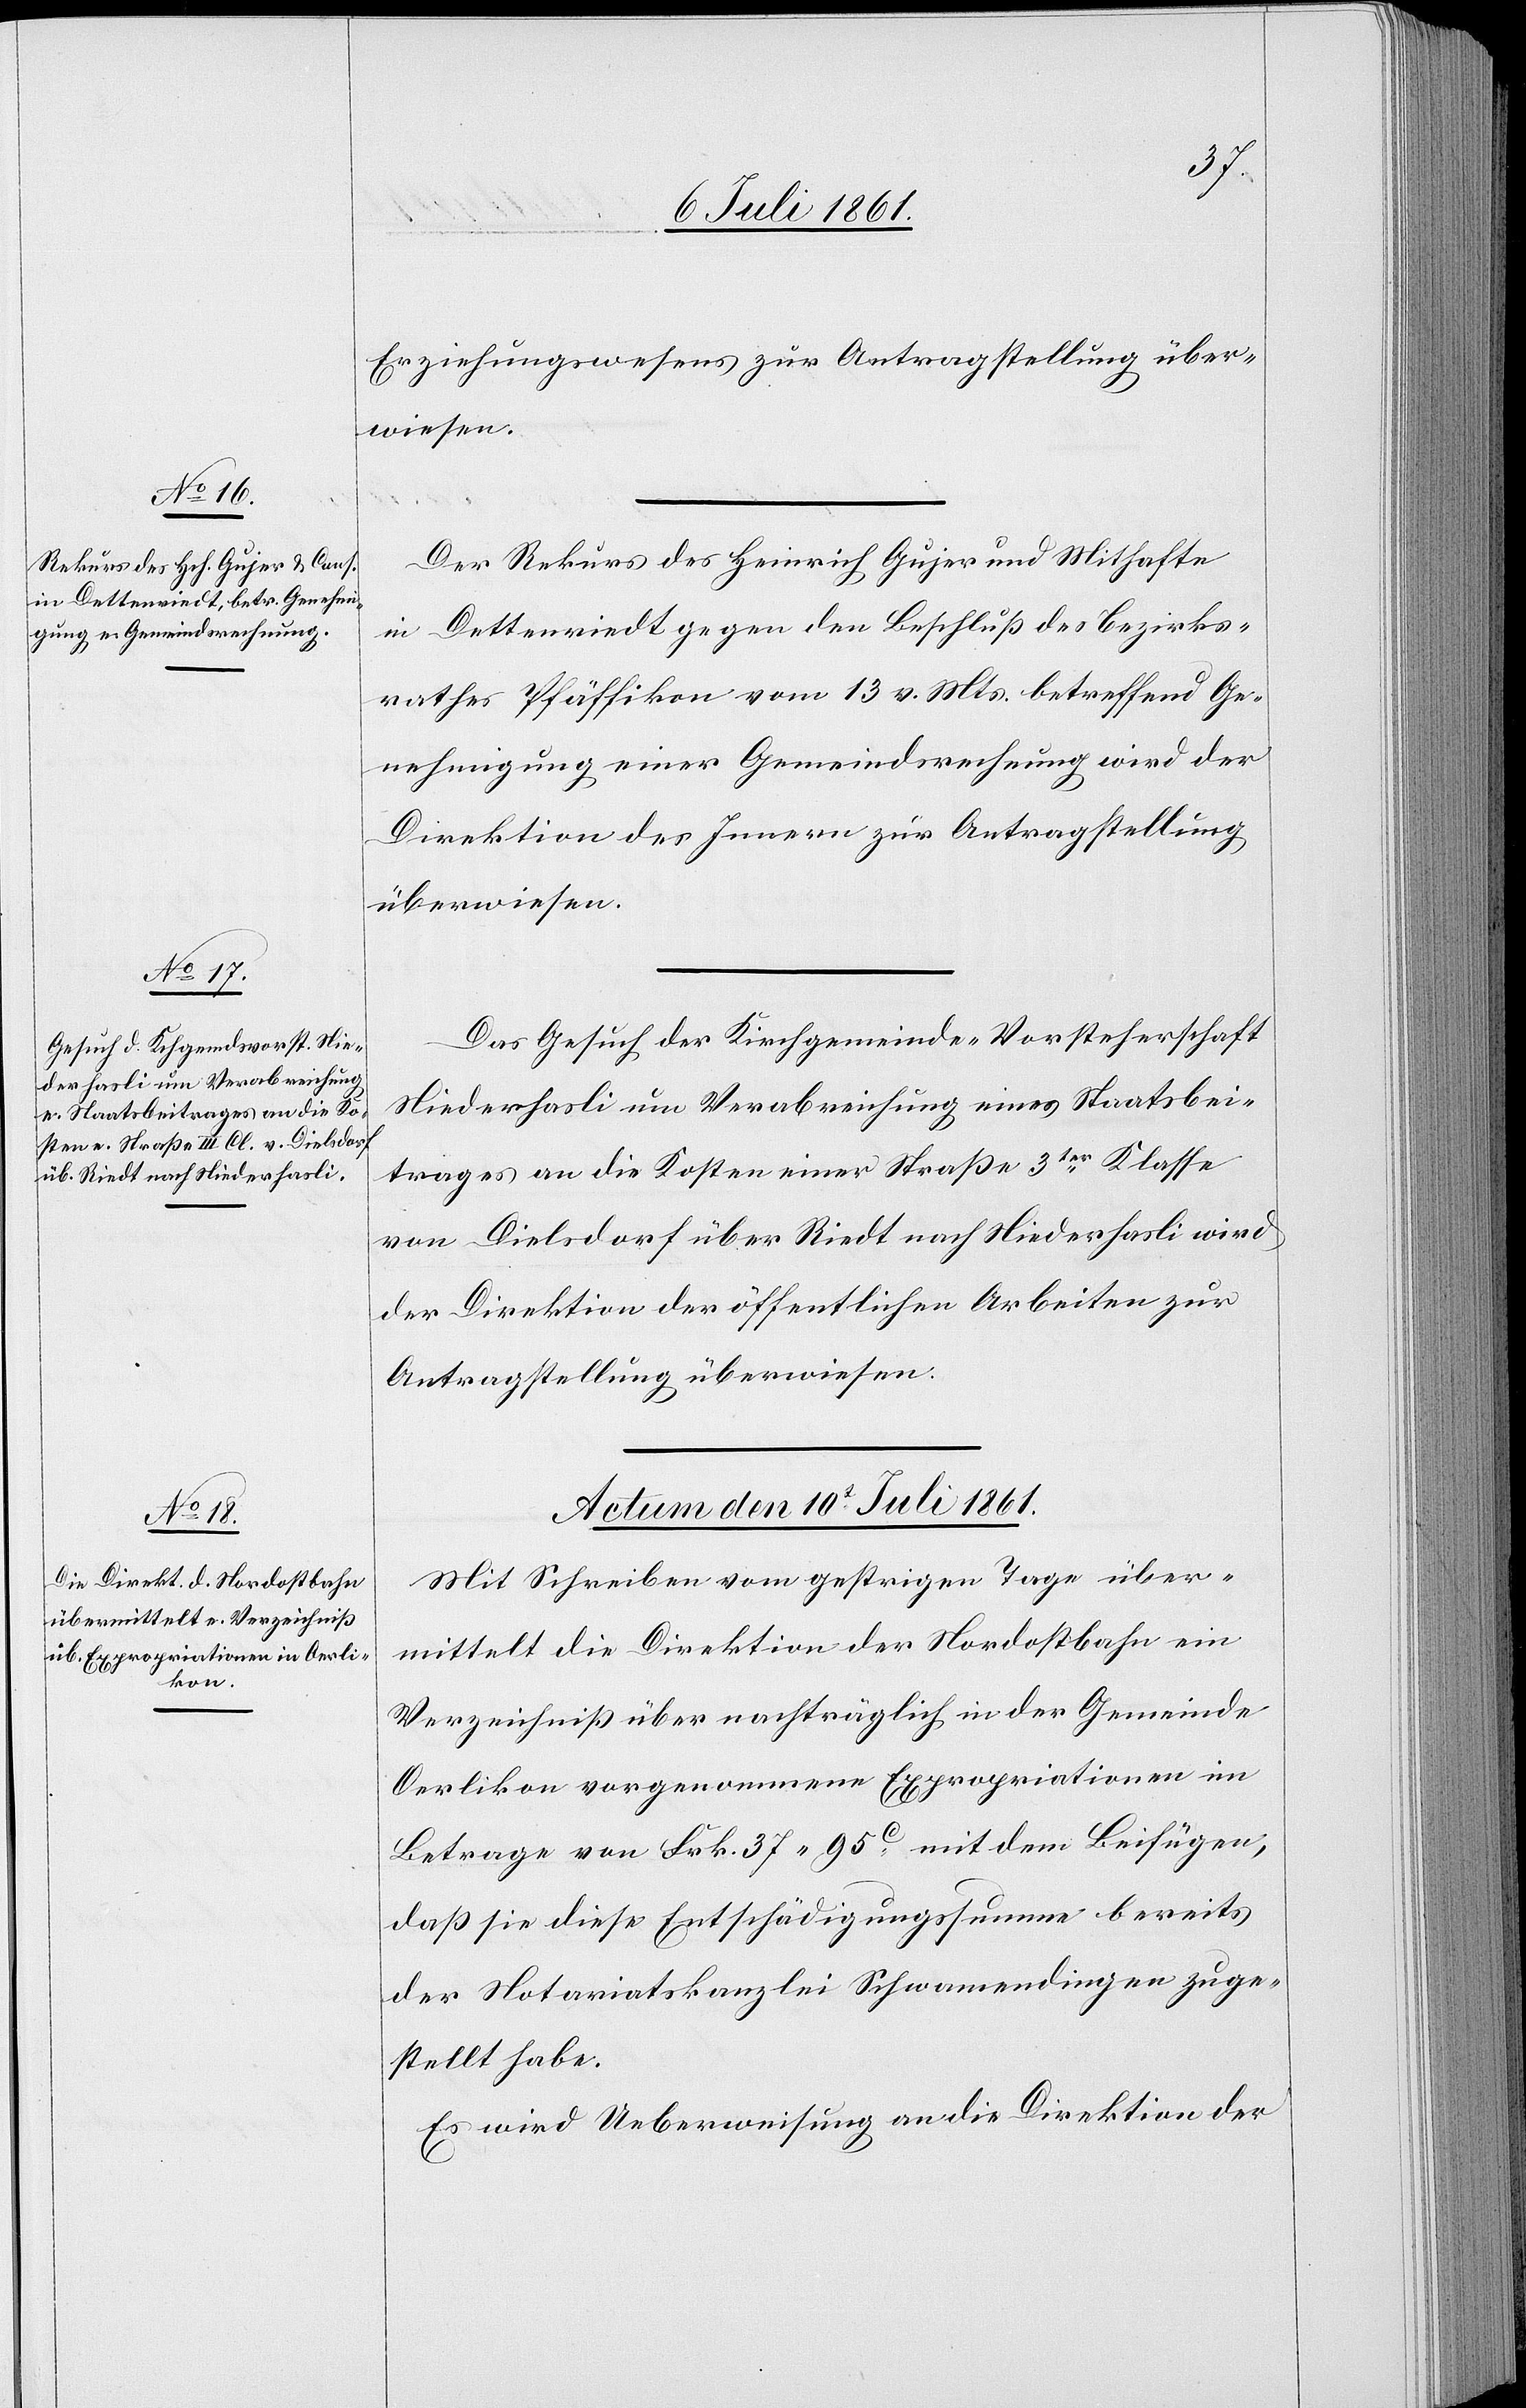
Erziehungswesens zur Antragstellung über¬
wiesen.
Der Rekurs des Heinrich Gujer und Mithafte
in Dettenriedt gegen den Beschluß des Bezirks¬
rathes Pfäffikon vom 13 d. Mts. betreffend Ge¬
nehmigung einer Gemeindsrechnung wird der
Direktion des Innern zur Antragstellung
überwiesen.
Das Gesuch der Kirchgemeinde-Vorsteherschaft
Niederhasli um Verabreichung eines Staatsbei¬
trages an die Kosten einer Straße 3ter Klasse
von Dielsdorf über Riedt nach Niederhasli wird
der Direktion der öffentlichen Arbeiten zur
Antragstellung überwiesen.
Actum den 10t Juli 1861.
Mit Schreiben vom gestrigen Tage über¬
mittelt die Direktion der Nordostbahn im
Verzeichniß über nachträglich in der Gemeinde
Oerlikon vorgenommene Expropriationen im
Betrage von Frk. 37.95 c mit dem Beifügen,
daß sie diese Entschädigungssumme bereits
der Notariatskanzlei Schwamendingen zuge¬
stellt habe.
Es wird Ueberweisung an die Direktion der